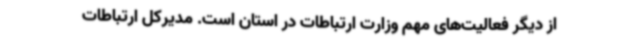
از دیگر فعالیت‌های مهم وزارت ارتباطات در استان است. مدیرکل ارتباطات